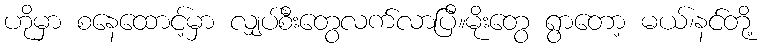
ဟိုမှာ စနေထောင့်မှာ လျှပ်စီးတွေလက်လာပြီ။မိုးတွေ ရွာတော့ မယ်၊နင်တို့